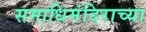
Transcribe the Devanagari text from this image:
समाधिमंदिराच्या